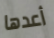
أعدها